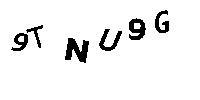
9TNU9G